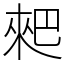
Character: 𠌊